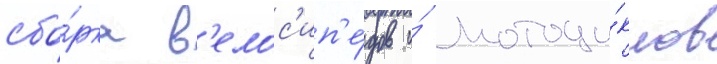
сбо́рка в'елос'ип'е́дов и́ мотоци́клов